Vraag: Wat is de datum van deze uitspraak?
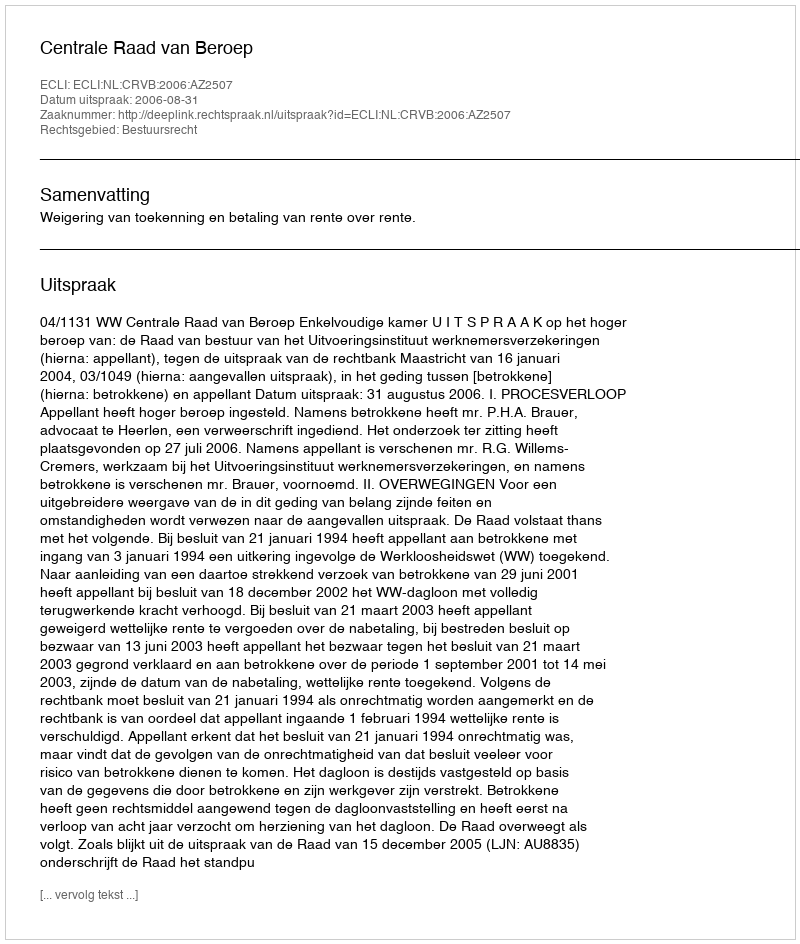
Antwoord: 2006-08-31